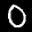
Label: 0